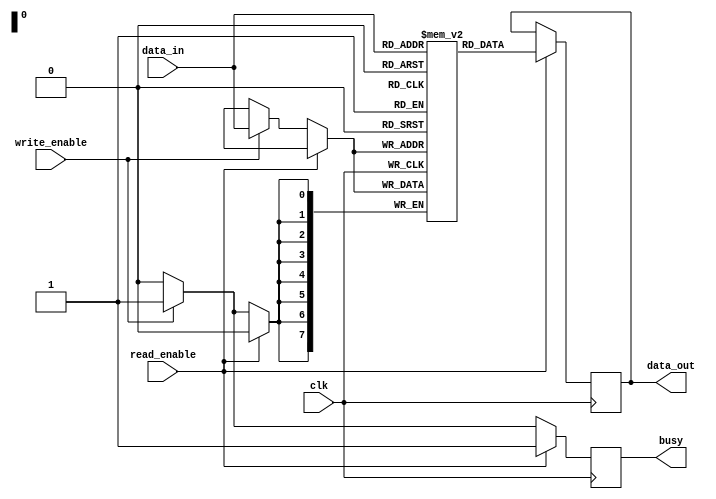
module memory_block (
    input wire clk,
    input wire read_enable,
    input wire write_enable,
    input wire [7:0] data_in,
    output reg [7:0] data_out,
    output reg busy
);
    reg [7:0] mem_array [0:255]; // 256 x 8-bit memory array

    always @(posedge clk) begin
        if (read_enable) begin
            data_out <= mem_array[data_in]; // Assume data_in is the address
            busy <= 1'b1;
        end else if (write_enable) begin
            mem_array[data_in] <= data_in; // Assume data_in is the address, and data to write is on another line
            busy <= 1'b1;
        end else begin
            busy <= 1'b0;
        end
    end
endmodule